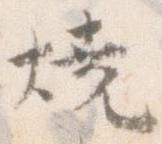
焼